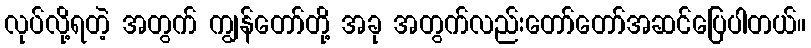
လုပ်လို့ရတဲ့ အတွက် ကျွန်တော်တို့ အခု အတွက်လည်းတော်တော်အဆင်ပြေပါတယ်။